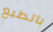
بالطبع